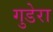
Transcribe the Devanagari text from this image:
गुडेरा